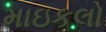
માઇકલો